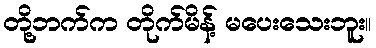
တို့ဘက်က တိုက်မိန့် မပေးသေးဘူး။